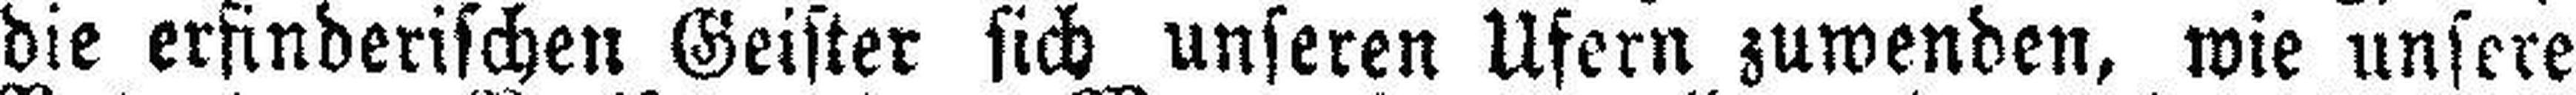
die erfinderischen Geister sich unseren Ufern zuwenden, wie unsere